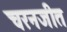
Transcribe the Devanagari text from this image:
चरनजीत